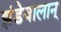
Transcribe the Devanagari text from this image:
झंडेवालान्